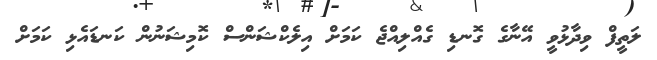
ލަތީފް ވިދާޅުވީ އޭނާގެ ގޮނޑި ގެއްލިއްޖެ ކަމަށް އިލެކްޝަންސް ކޮމިޝަނުން ކަނޑައެޅި ކަމަށް